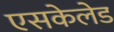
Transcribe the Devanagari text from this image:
एसकेलेड